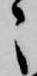
々